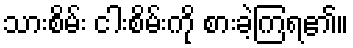
သားစိမ်း ငါးစိမ်းကို စားခဲ့ကြရ၏။